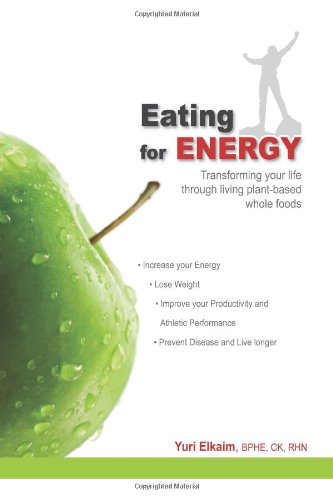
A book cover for Eating For Energy: Transforming Your Life Through Living Plant-Based Whole Foods; Yuri Elkaim; Cookbooks, Food & Wine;